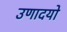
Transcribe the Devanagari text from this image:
उणादयो